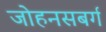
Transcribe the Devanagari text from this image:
जोहनसबर्ग